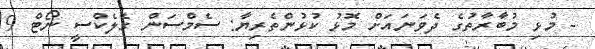
- މުޅި މުބާރާތުގެ ދެވަނައަށް މޮޅު ކުޅުންތެރިޔާ: ސެމްސަން ގެލެކްސީ ނޯޓް 9